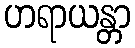
ဟရာယန္တာ